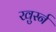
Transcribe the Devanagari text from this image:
खुर्स्न